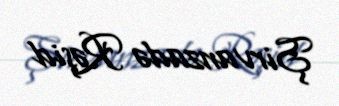
Şirvanzadə Rəşid